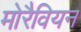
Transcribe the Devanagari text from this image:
मोरैवियन